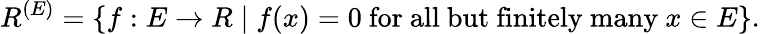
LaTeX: R^{(E)}=\{ f:E\to R\mid f(x)=0{\mathrm{~for~all~but~finitely~many~}}x\in E\} .